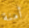
أمنة